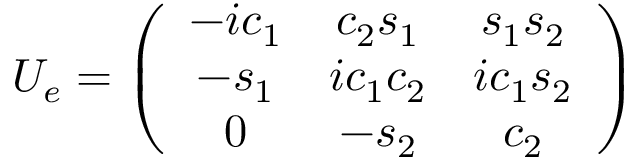
U _ { e } = \left( \begin{array} { c c c } { { - i c _ { 1 } } } & { { c _ { 2 } s _ { 1 } } } & { { s _ { 1 } s _ { 2 } } } \\ { { - s _ { 1 } } } & { { i c _ { 1 } c _ { 2 } } } & { { i c _ { 1 } s _ { 2 } } } \\ { { 0 } } & { { - s _ { 2 } } } & { { c _ { 2 } } } \end{array} \right)